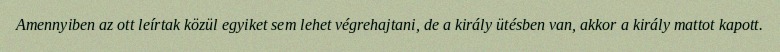
Amennyiben az ott leírtak közül egyiket sem lehet végrehajtani, de a király ütésben van, akkor a király mattot kapott.